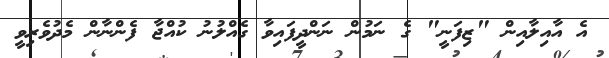
އެ އާއިލާއިން "ޒިފަނީ" ގެ ނަމުން ނަންދީފައިވާ ގެއްލުނު ކުއްޖާ ފެންނާން މެދުވެރިވީ